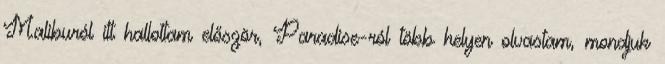
Maliburól itt hallottam először, Paradise-ról több helyen olvastam, mondjuk